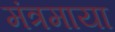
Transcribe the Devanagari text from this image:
मंत्रमाया